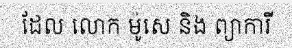
ដែល លោក ម៉ូសេ និង ព្យាការី